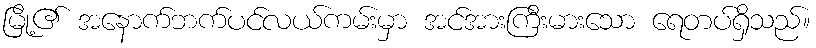
မြို့၏ အနောက်ဘက်ပင်လယ်ကမ်းမှာ အင်အားကြီးမားသော ရေတပ်ရှိသည်။